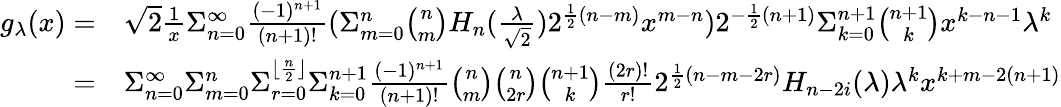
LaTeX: \begin{array}{rl}{g_{\lambda}(x)=}&{\sqrt{2}\frac{1}{x}\Sigma_{n=0}^{\infty}\frac{(-1)^{n+1}}{(n+1)!}(\Sigma_{m=0}^{n}{\binom{n}{m}}H_{n}(\frac{\lambda}{\sqrt{2}})2^{\frac{1}{2}(n-m)}x^{m-n})2^{-\frac{1}{2}(n+1)}\Sigma_{k=0}^{n+1}\binom{n+1}{k}x^{k-n-1}\lambda^{k}}\\ {=}&{\Sigma_{n=0}^{\infty}\Sigma_{m=0}^{n}\Sigma_{r=0}^{\lfloor\frac{n}{2}\rfloor}\Sigma_{k=0}^{n+1}\frac{(-1)^{n+1}}{(n+1)!}\binom{n}{m}\binom{n}{2r}\binom{n+1}{k}\frac{(2r)!}{r!}2^{\frac{1}{2}(n-m-2r)}H_{n-2i}(\lambda)\lambda^{k}x^{k+m-2(n+1)}}\end{array}